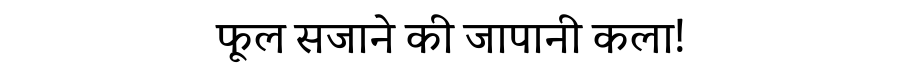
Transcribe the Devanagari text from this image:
फूल सजाने की जापानी कला!